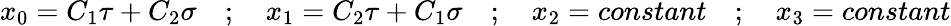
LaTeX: x_{0}=C_{1}\tau+C_{2}\sigma\quad;\quad x_{1}=C_{2}\tau+C_{1}\sigma\quad;\quad x_{2}=constant\quad;\quad x_{3}=constant